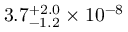
3 . 7 _ { - 1 . 2 } ^ { + 2 . 0 } \times 1 0 ^ { - 8 }